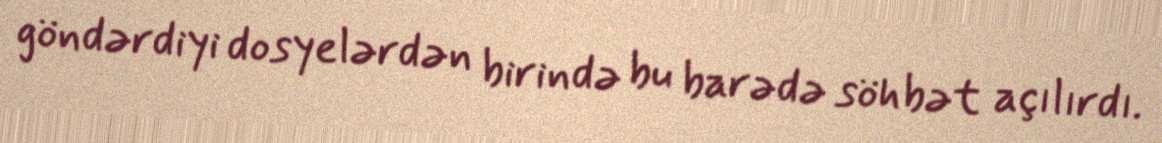
göndərdiyi dosyelərdən birində bu barədə söhbət açılırdı.